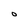
Character: O